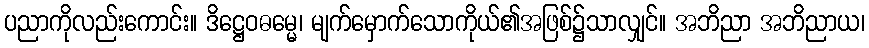
ပညာကိုလည်းကောင်း။ ဒိဋ္ဌေဝဓမ္မေ၊ မျက်မှောက်သောကိုယ်၏အဖြစ်၌သာလျှင်။ အဘိညာ အဘိညာယ၊